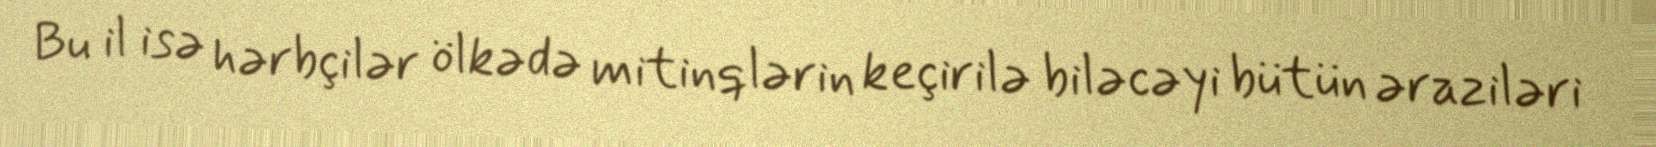
Bu il isə hərbçilər ölkədə mitinqlərin keçirilə biləcəyi bütün əraziləri